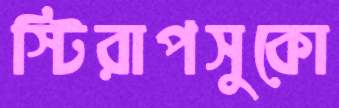
স্টিরাপসুকো